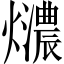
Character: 𤒚